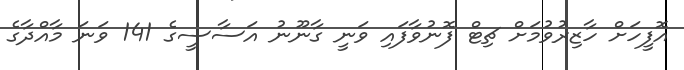
އޮފީހަށް ހާޒިރުވުމަށް ޗިޓް ފޮނުވާފައި ވަނީ ގާނޫނު އަސާސީގެ 141 ވަނަ މާއްދާގެ